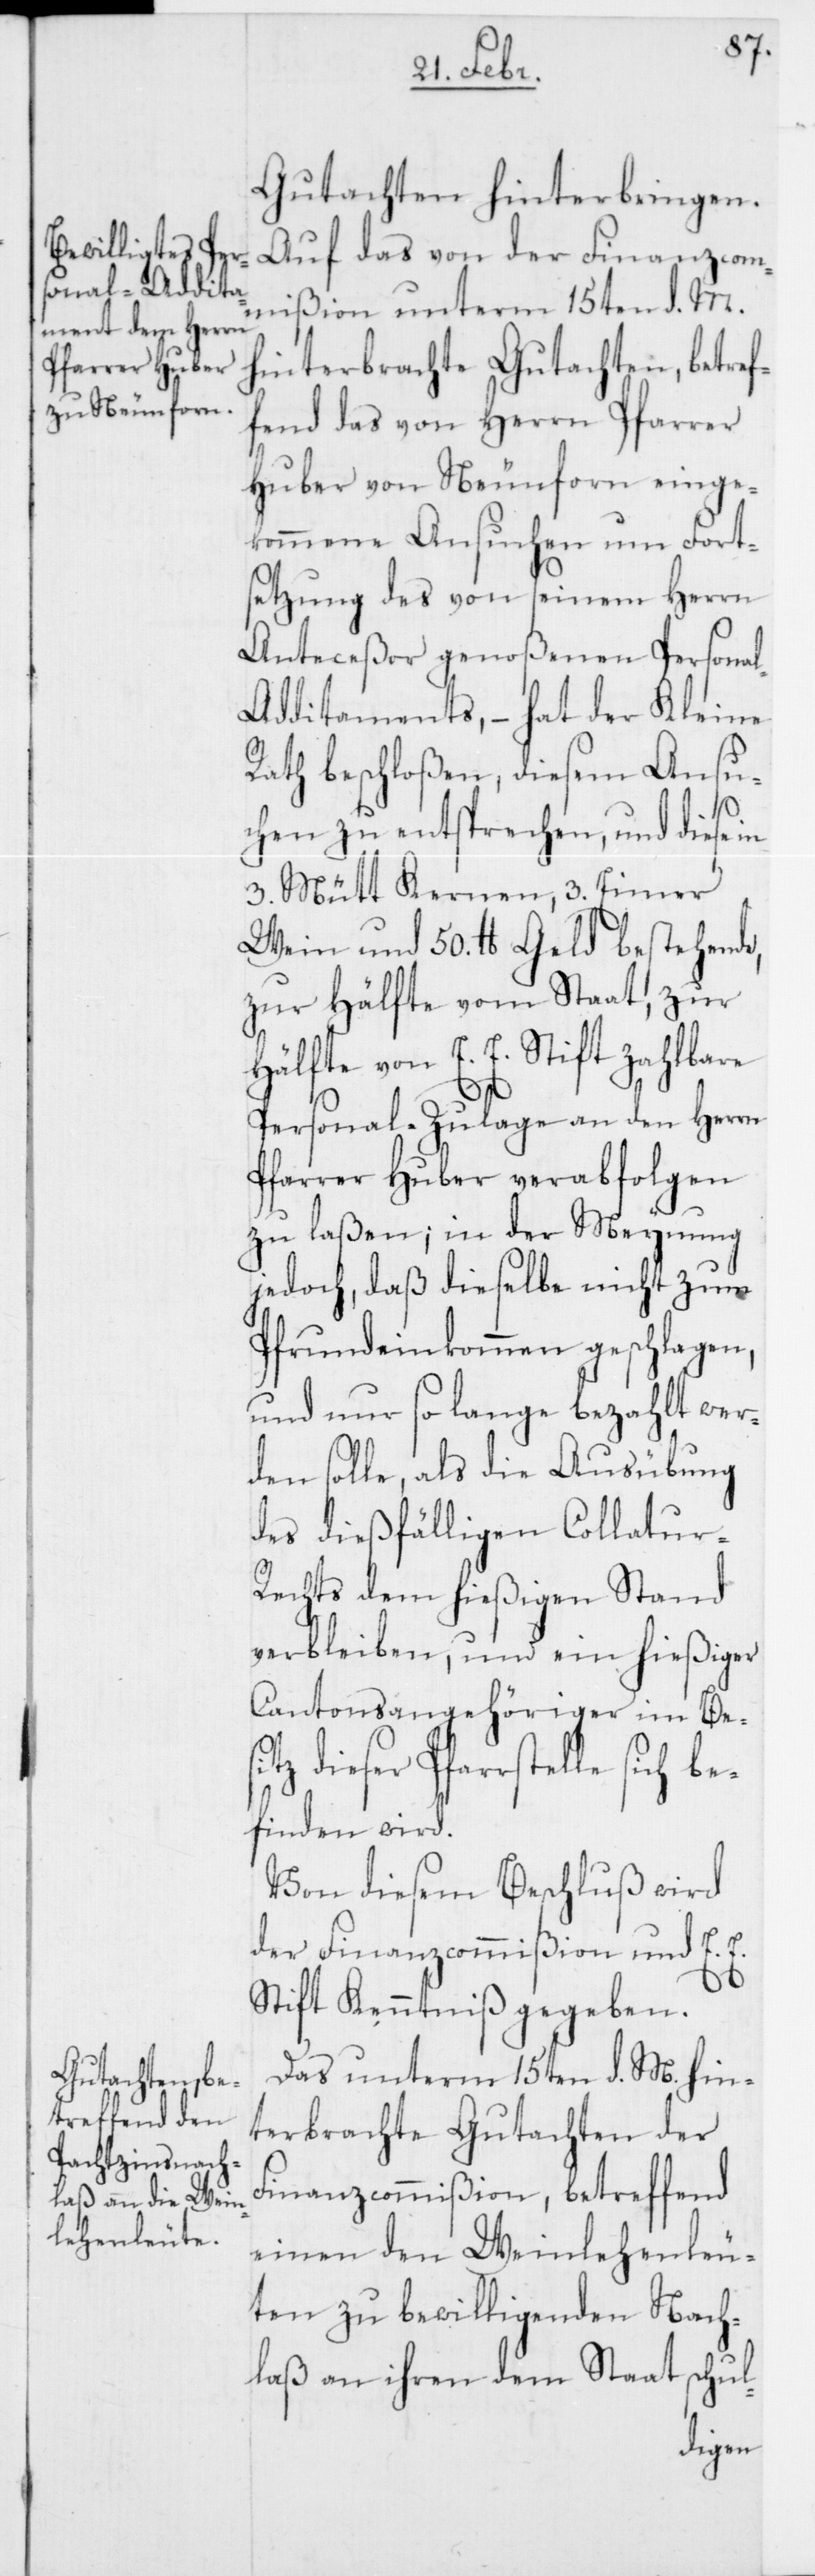
Gutachten hinterbringen.
Auf das von der Finanzcom¬
mißion unterm 15ten d. M.
hinterbrachte Gutachten, betref¬
fend das von Herrn Pfarrer
Huber von Neunforn einge¬
kommene Ansuchen um Fort¬
setzung des von seinem Herrn
Anteceßor genoßenen Persona¬
l-Additaments, – hat der Kleine
Rath beschloßen, diesem Ansu¬
chen zu entsprechen, und diese in
3. Mütt Kernen, 3. Eimer
Wein und 50. lb Geld bestehende,
zur Hälfte vom Staat, zur
Hälfte von E. E. Stift zahlbare
Personal-Zulage an den Herrn
Pfarrer Huber verabfolgen
zu laßen; in der Meynung
jedoch, daß dieselbe nicht zum
Pfrundeinkommen geschlagen,
und nur so lange bezahlt wer¬
den solle, als die Ausübung
des dießfälligen Collatur-R¬
echts dem hießigen Stand
verbleiben, und ein hießiger
Cantonsangehöriger im Bes¬
itz dieser Pfarrstelle
befinden wird.
Von diesem Beschluß wird
der Finanzcommißion und E. E.
Stift Kenntniß gegeben.
Das unterm 15ten d. M. hin¬
terbrachte Gutachten der
Finanzcommißion, betreffend
einen den Weinlehenleu¬
ten zu bewilligenden Nach¬
laß an ihren dem Staat schul-